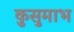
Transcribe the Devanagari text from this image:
कुसुमाभ